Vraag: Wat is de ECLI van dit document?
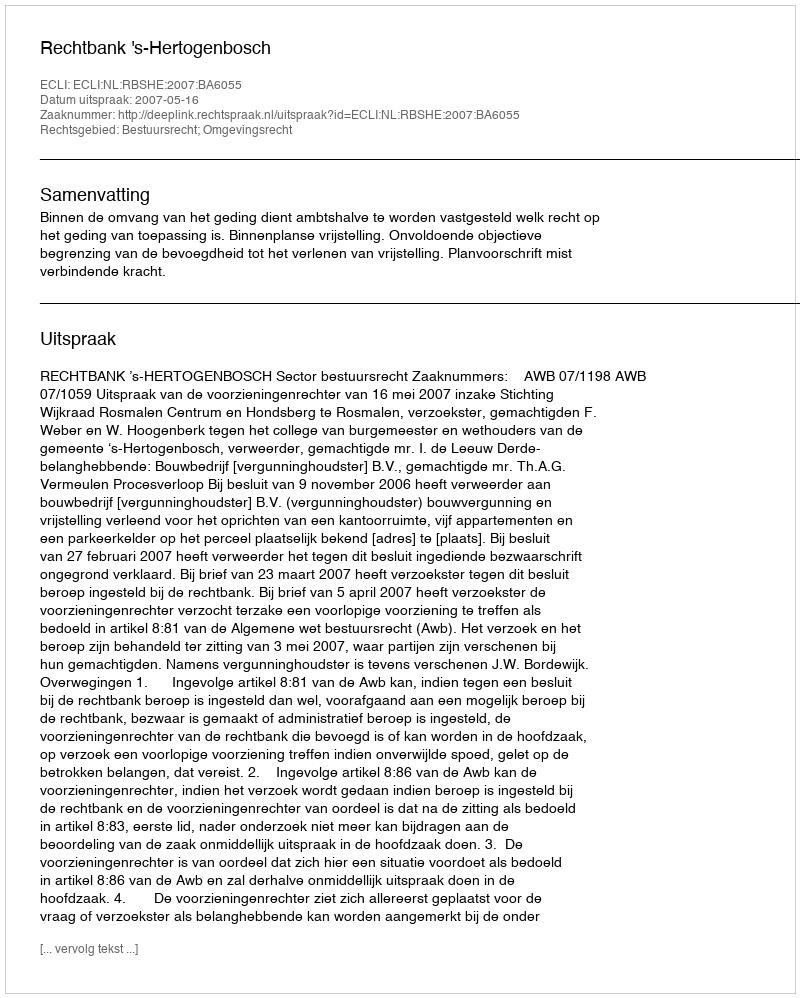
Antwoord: ECLI:NL:RBSHE:2007:BA6055